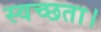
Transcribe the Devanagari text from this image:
स्वच्छता।